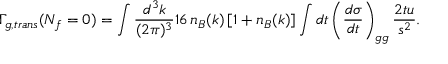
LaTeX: \Gamma _ { g , t r a n s } ( N _ { f } = 0 ) = \int { \frac { d ^ { 3 } k } { ( 2 \pi ) ^ { 3 } } } 1 6 \, n _ { B } ( k ) \, [ 1 + n _ { B } ( k ) ] \int d t \left( { \frac { d \sigma } { d t } } \right) _ { g g } { \frac { 2 t u } { s ^ { 2 } } } .